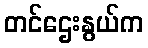
တင်ဌေးနွယ်က